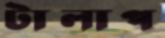
টালাপ